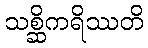
သစ္ဆိကရိဿတိ